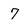
Character: 7